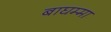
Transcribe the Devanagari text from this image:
बाघम्मा